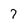
Character: 7